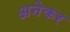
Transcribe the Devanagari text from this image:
अनेकर